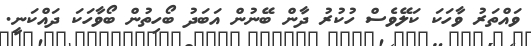
ވައްތަރު ވާހަކަ ކަލޭވެސް ހުކުރު ދާން ބޭނުން އަބަދު ބޯހިތުން ބޯވާހަކަ ދަައްކަނީ.